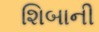
શિબાની